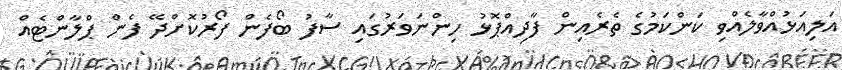
އަލިއަޅުއްވާލެއްވި ކަންކަމުގެ ތެރެއިން ފާދިއްޕޮޅު ހިންނަވަރުގައި ސާފު ބޯފެން ފޯރުކޮށްދޭ ފެން ޕްލާންޓެއް